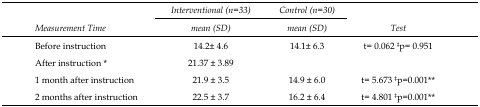
| <ROWSPAN=3> Measurement Time | Interventional (n=33) | Control (n=30) | <ROWSPAN=3> Test |
 | mean (SD) | mean (SD) |
 | --- | --- | --- | --- |
 | Before instruction | 14.2± 4.6 | 14.1± 6.3 | t= 0.062‡ p= 0.951 |
 | After instruction* | 21.37 ± 3.89 |  |  |
 | 1 month after instruction | 21.9 ± 3.5 | 14.9 ± 6.0 | t= 5.673‡p=0.001** |
 | 2 months after instruction | 22.5 ± 3.7 | 16.2 ± 6.4 | t= 4.801‡p=0.001** |